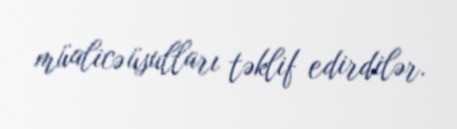
müalicə üsulları təklif edirdilər.